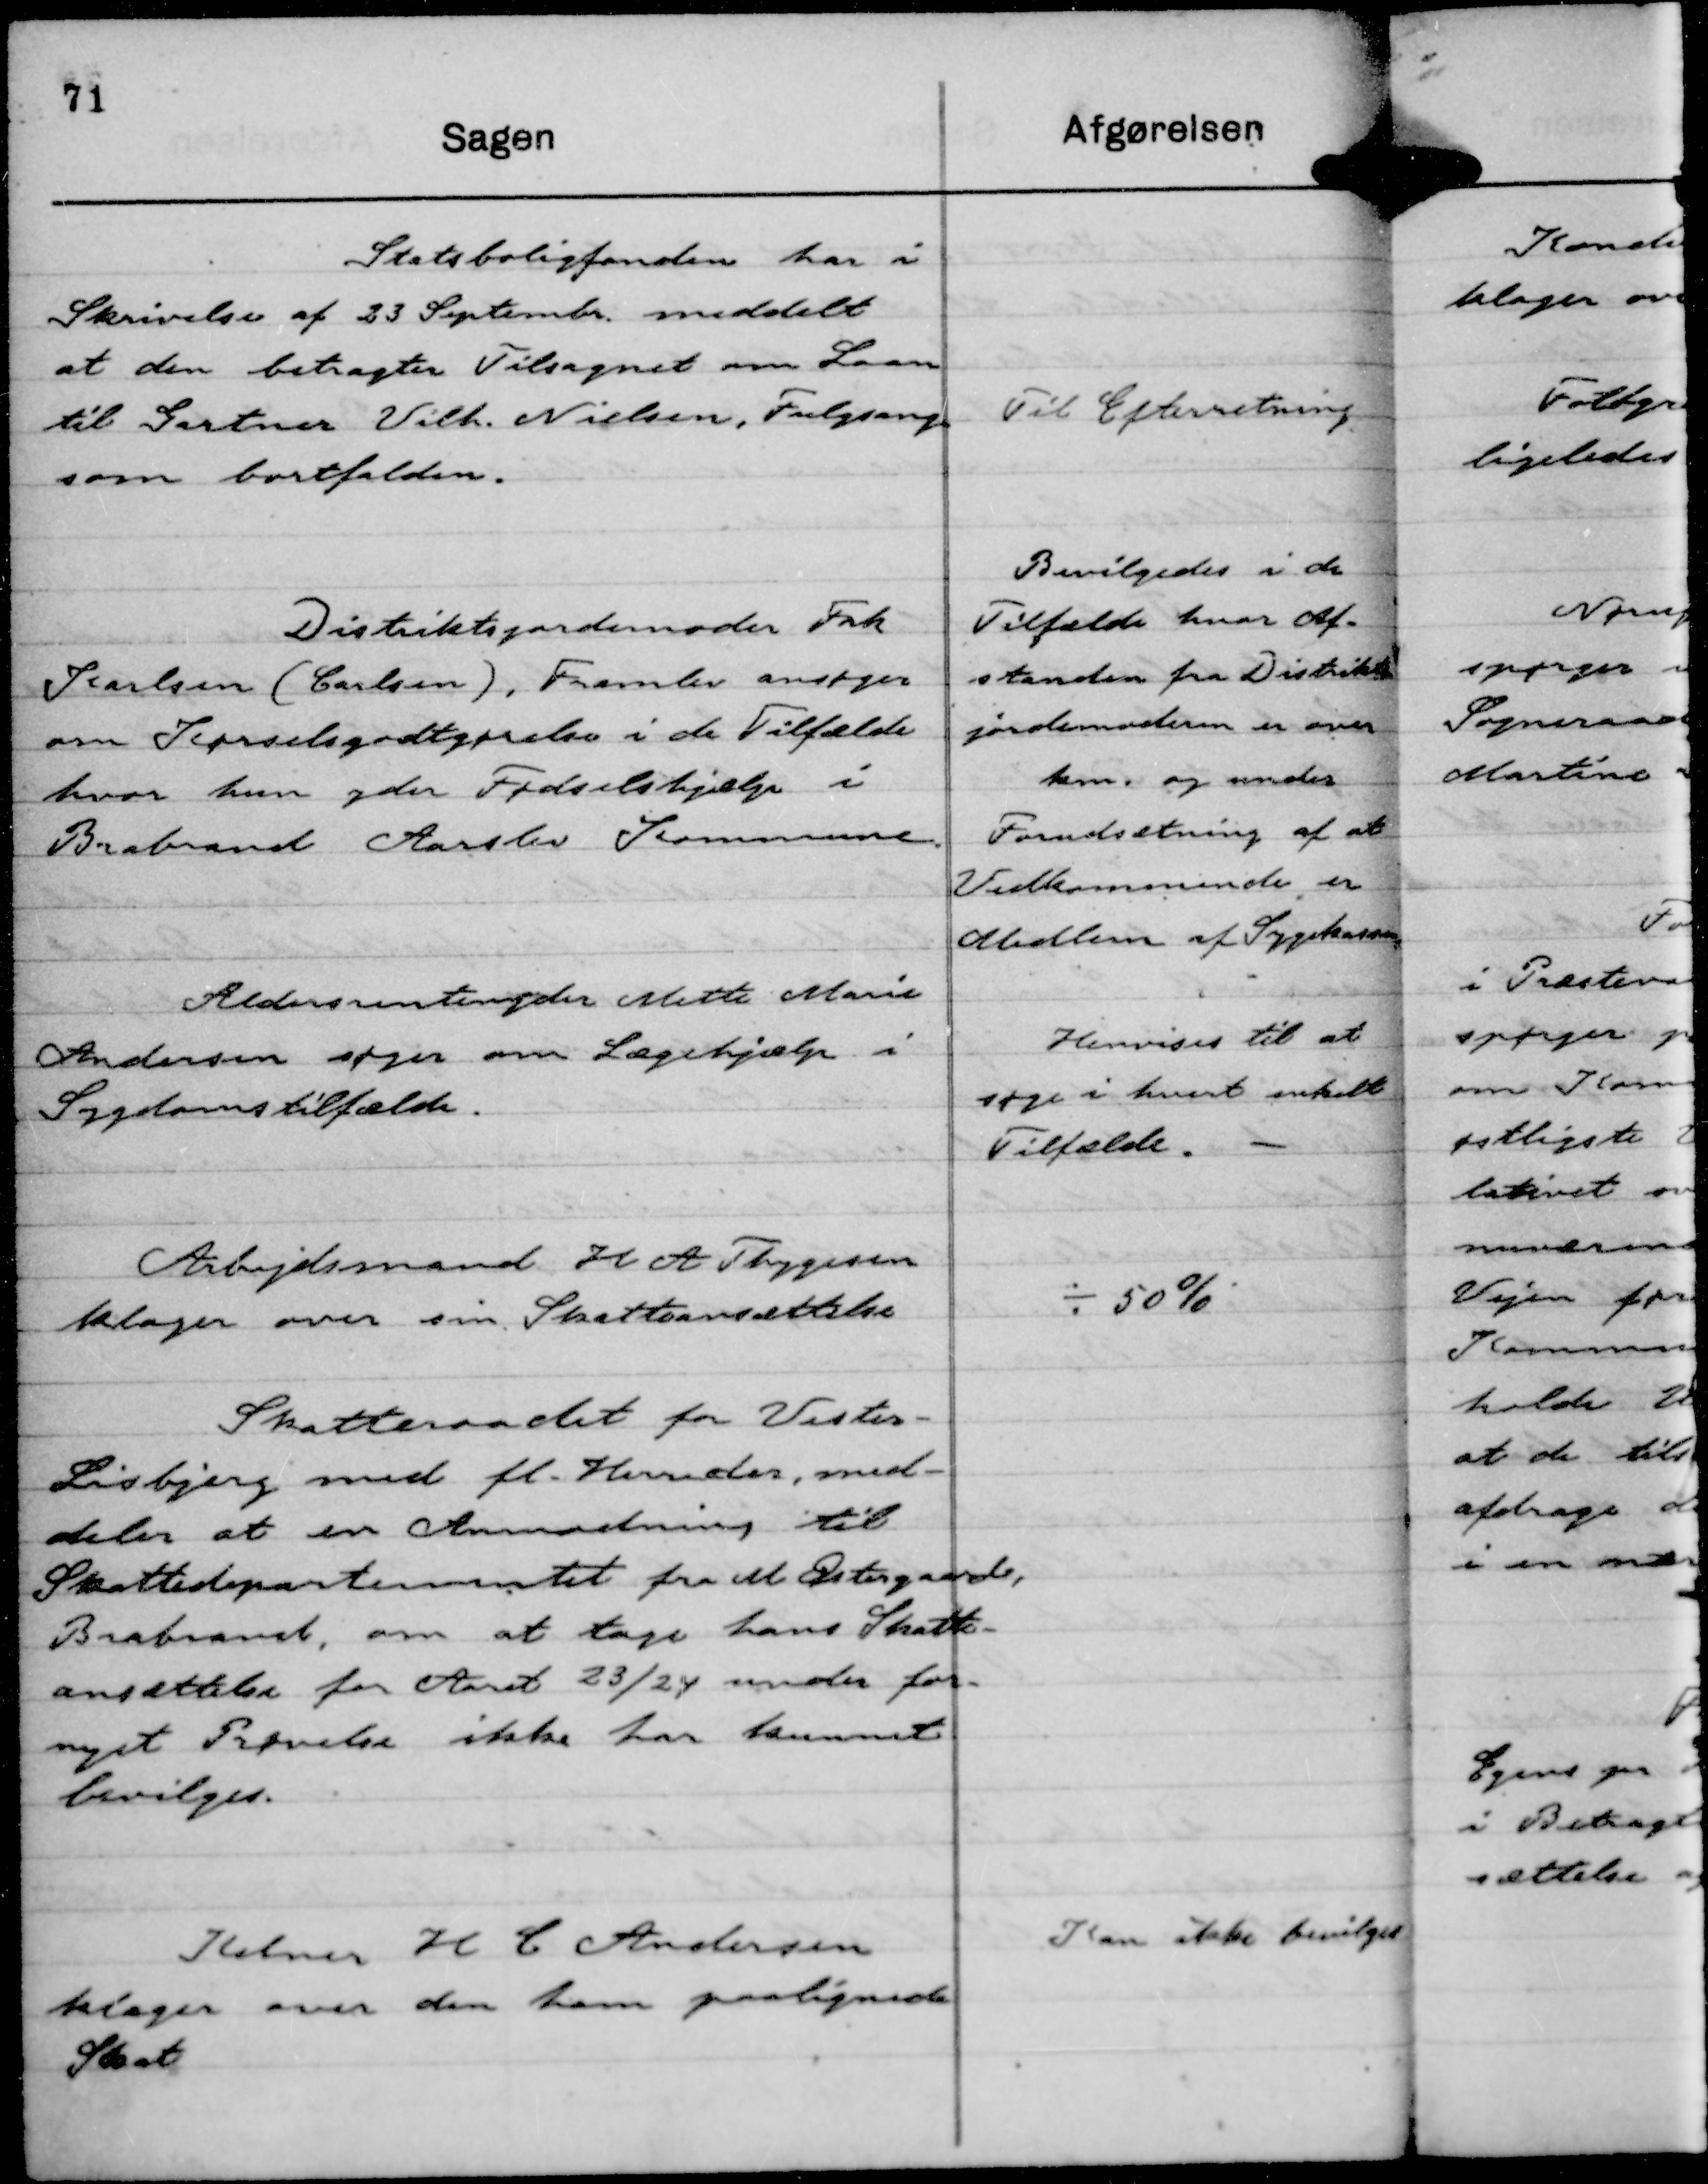
Transskription:
Statsboligfonden har i
Skrivelse af 23 Septembr. meddelt
at den betragter Tilsagnet om Laan
til Gartner Vilh. Nielsen, Fulgsang
som bortfalden.

Til Efterretning

Distriksjordemoder Frk
Karlsen (Carlsen), Framlev ansøger
om Kørselsgodtgørelse i de Tilfælde
hvor hun yder Fødselshjælp i
Brabrand Aarslev Kommune.

Bevilgedes i de
Tilfælde hvor Af-
standen fra Distrikts
jordemoderen er over
km. og under
Forudsætning af at
Vedkommende er
Medlem af Sygekassen.

Aldersrentenyder Mette Marie
Andersen søger om Lægehjælp i
Sygdomstilfælde.

Henvises til at
søge i hvert enkelt
Tilfælde.

Arbejdsmand H A Thygesen
klager over sin Skatteansættelse

÷ 50 %

Skatteraadet for Vester-
Lisbjerg med fl. Herreder, med-
deler at en Anmodning til
Skattedepartementet fra M Østergaard,
Brabrand, om at tage hans Skatte-
ansættelse for Aaret 23/24 under for-
nyet Prøvelse ikke har kunnet
bevilges.

Kelner H C Andersen
klager over ham paalignede
Skat

Kan ikke bevilges